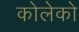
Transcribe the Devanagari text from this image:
कोलेको